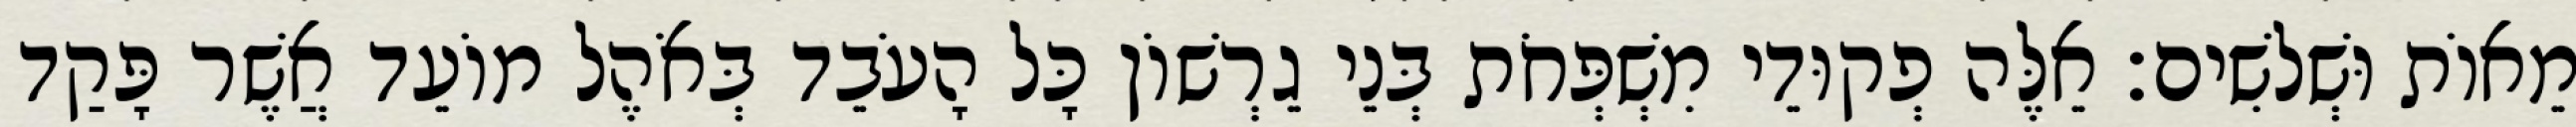
מֵאוֹת וּשְׁלשִׁים׃ אֵלֶּה פְקוּדֵי מִשְׁפְּחֹת בְּנֵי גֵרְשׁוֹן כָּל הָעֹבֵד בְּאֹהֶל מוֹעֵד אֲשֶׁר פָּקַד